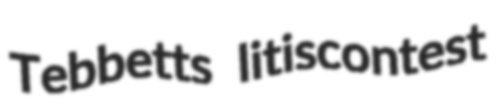
Tebbetts litiscontest